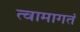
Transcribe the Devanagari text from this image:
त्वामागतं